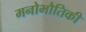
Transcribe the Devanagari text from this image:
मनोभौतिकी